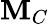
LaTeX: \mathbf{M}_{C}